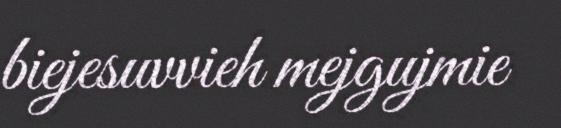
biejesuvvieh mejgujmie